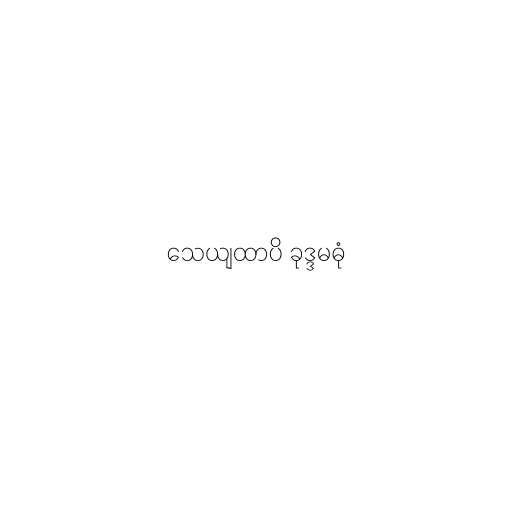
သေယျထာပိ ခုဒ္ဒမဓုံ